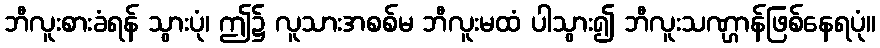
ဘီလူးစားခံရန် သွားပုံ၊ ဤ၌ လူသားအစစ်မ ဘီလူးမထံ ပါသွား၍ ဘီလူးသဏ္ဌာန်ဖြစ်နေရပုံ။